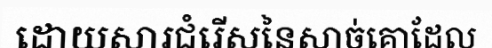
ដោយសារជំរើសនៃសាច់គោដែល